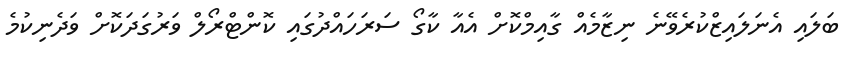
ބަލައި އެނަލައިޒްކުރެވޭނެ ނިޒާމެއް ގާއިމްކޮށް އެއާ ކާގޯ ސަރަހައްދުގައި ކޮންޓްރޯލް ވަރުގަދަކޮށް ވަދެނިކުމެ